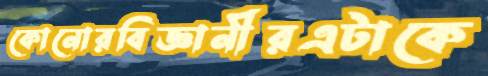
কোনোরবিজ্ঞানীরএটাকে